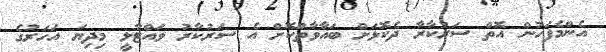
އެންމެފަހުން އޮތް ސަރުކާރާ ދެކޮޅަށް ބަޣާވާތްކޮށް އެ ސަރުކާރު ވައްޓާލީ މިދިޔަ އަހަރުގެ